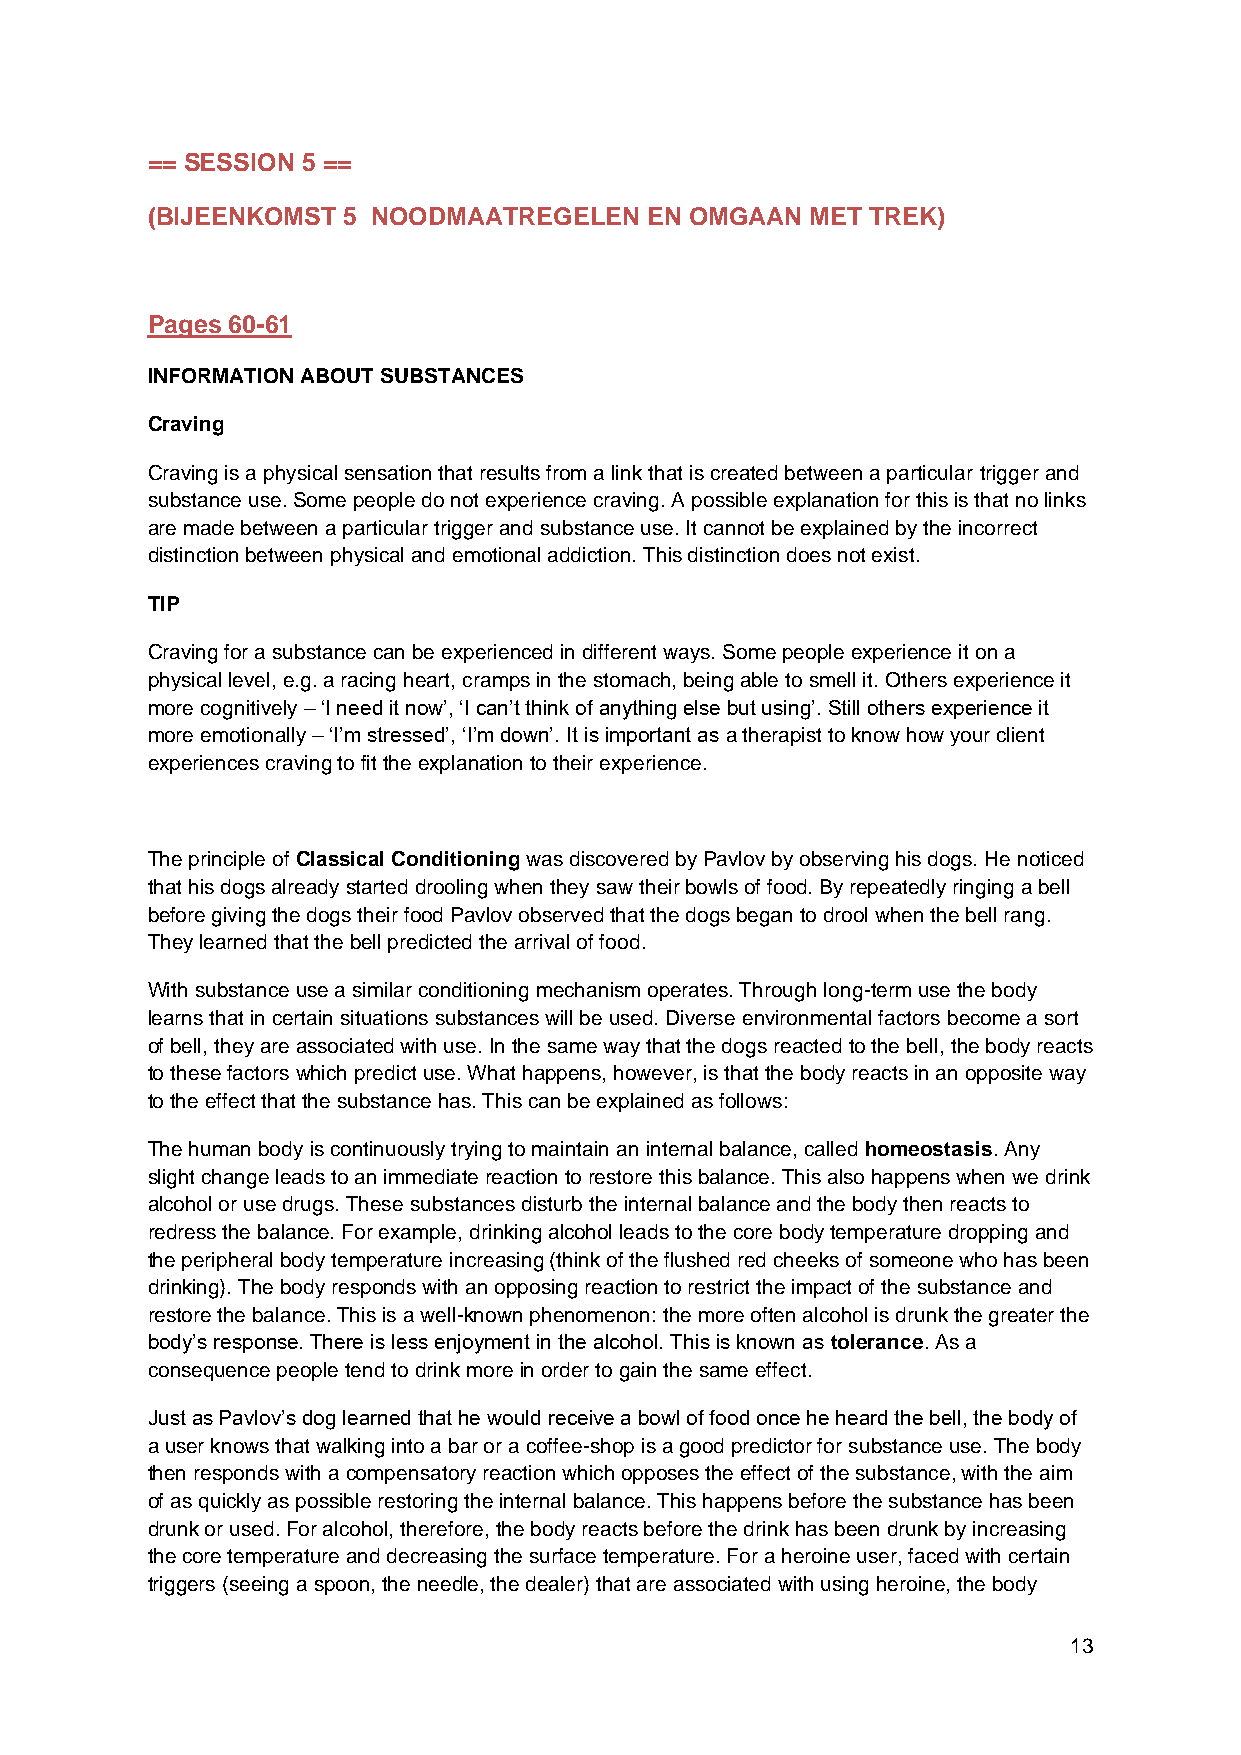
== SESSION 5 ==
 (BIJEENKOMST 5 NOODMAATREGELEN   EN OMGAAN  MET TREK)
 Pages 60-61
 INFORMATION ABOUT SUBSTANCES
 Craving
 Craving is a physical sensation that results from a link that is created between a particular trigger and
 substance use. Some people do not experience craving. A possible explanation for this is that no links
 are made between a particular trigger and substance use. It cannot be explained by the incorrect
 distinction between physical and emotional addiction. This distinction does not exist.
 TIP
 Craving for a substance can be experienced in different ways. Some people experience it on a
 physical level, e.g. a racing heart, cramps in the stomach, being able to smell it. Others experience it
 more cognitively – ‘I need it now’, ‘I can’t think of anything else but using’. Still others experience it
 more emotionally – ‘I’m stressed’, ‘I’m down’. It is important as a therapist to know how your client
 experiences craving to fit the explanation to their experience.
 The principle of Classical Conditioning was discovered by Pavlov by observing his dogs. He noticed
 that his dogs already started drooling when they saw their bowls of food. By repeatedly ringing a bell
 before giving the dogs their food Pavlov observed that the dogs began to drool when the bell rang.
 They learned that the bell predicted the arrival of food.
 With substance use a similar conditioning mechanism operates. Through long-term use the body
 learns that in certain situations substances will be used. Diverse environmental factors become a sort
 of bell, they are associated with use. In the same way that the dogs reacted to the bell, the body reacts
 to these factors which predict use. What happens, however, is that the body reacts in an opposite way
 to the effect that the substance has. This can be explained as follows:
 The human body is continuously trying to maintain an internal balance, called homeostasis. Any
 slight change leads to an immediate reaction to restore this balance. This also happens when we drink
 alcohol or use drugs. These substances disturb the internal balance and the body then reacts to
 redress the balance. For example, drinking alcohol leads to the core body temperature dropping and
 the peripheral body temperature increasing (think of the flushed red cheeks of someone who has been
 drinking). The body responds with an opposing reaction to restrict the impact of the substance and
 restore the balance. This is a well-known phenomenon: the more often alcohol is drunk the greater the
 body’s response. There is less enjoyment in the alcohol. This is known as tolerance. As a
 consequence people tend to drink more in order to gain the same effect.
 Just as Pavlov’s dog learned that he would receive a bowl of food once he heard the bell, the body of
 a user knows that walking into a bar or a coffee-shop is a good predictor for substance use. The body
 then responds with a compensatory reaction which opposes the effect of the substance, with the aim
 of as quickly as possible restoring the internal balance. This happens before the substance has been
 drunk or used. For alcohol, therefore, the body reacts before the drink has been drunk by increasing
 the core temperature and decreasing the surface temperature. For a heroine user, faced with certain
 triggers (seeing a spoon, the needle, the dealer) that are associated with using heroine, the body
 13